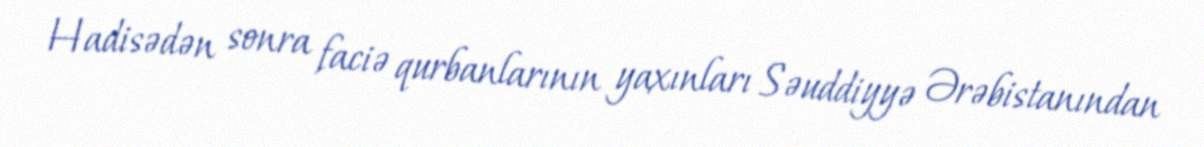
Hadisədən sonra faciə qurbanlarının yaxınları Səuddiyyə Ərəbistanından